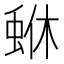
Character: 𮔏